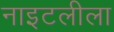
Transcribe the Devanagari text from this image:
नाइटलीला